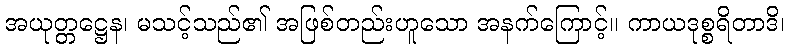
အယုတ္တဋ္ဌေန၊ မသင့်သည်၏ အဖြစ်တည်းဟူသော အနက်ကြောင့်။ ကာယဒုစ္စရိတာဒိ၊